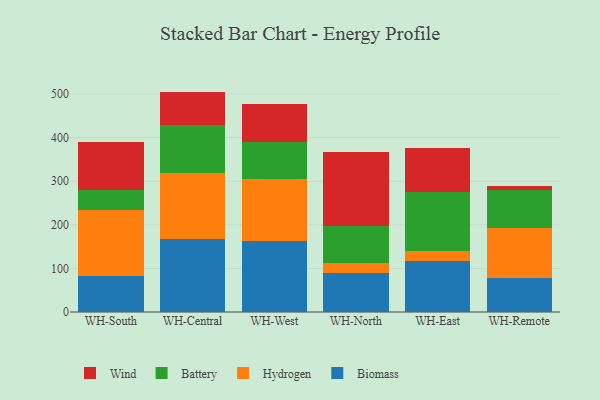
{"axis": {"x": "Warehouse", "y": "Satisfaction Score"}, "legend": ["Battery", "Biomass", "Hydrogen", "Wind"], "data": [{"x": "WH-South", "y": 83.3, "type": "Biomass"}, {"x": "WH-South", "y": 151.3, "type": "Hydrogen"}, {"x": "WH-South", "y": 44.3, "type": "Battery"}, {"x": "WH-South", "y": 110.2, "type": "Wind"}, {"x": "WH-Central", "y": 168.3, "type": "Biomass"}, {"x": "WH-Central", "y": 150.4, "type": "Hydrogen"}, {"x": "WH-Central", "y": 109.4, "type": "Battery"}, {"x": "WH-Central", "y": 77.5, "type": "Wind"}, {"x": "WH-West", "y": 162.8, "type": "Biomass"}, {"x": "WH-West", "y": 141.3, "type": "Hydrogen"}, {"x": "WH-West", "y": 86.5, "type": "Battery"}, {"x": "WH-West", "y": 87.0, "type": "Wind"}, {"x": "WH-North", "y": 88.9, "type": "Biomass"}, {"x": "WH-North", "y": 23.4, "type": "Hydrogen"}, {"x": "WH-North", "y": 84.9, "type": "Battery"}, {"x": "WH-North", "y": 170.1, "type": "Wind"}, {"x": "WH-East", "y": 117.8, "type": "Biomass"}, {"x": "WH-East", "y": 21.9, "type": "Hydrogen"}, {"x": "WH-East", "y": 134.7, "type": "Battery"}, {"x": "WH-East", "y": 102.9, "type": "Wind"}, {"x": "WH-Remote", "y": 76.9, "type": "Biomass"}, {"x": "WH-Remote", "y": 115.9, "type": "Hydrogen"}, {"x": "WH-Remote", "y": 87.9, "type": "Battery"}, {"x": "WH-Remote", "y": 8.5, "type": "Wind"}]}